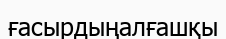
ғасырдыңалғашқы